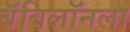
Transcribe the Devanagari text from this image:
बॅबिलॉनला